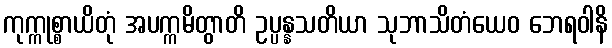
ကုက္ကုစ္စာယိတုံ အပက္ကမိတွာတိ ဥပ္ပန္နသတိယာ သုဘာသိတံယေဝ ဘေရဝါနိ